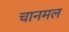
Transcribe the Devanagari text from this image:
चानमल